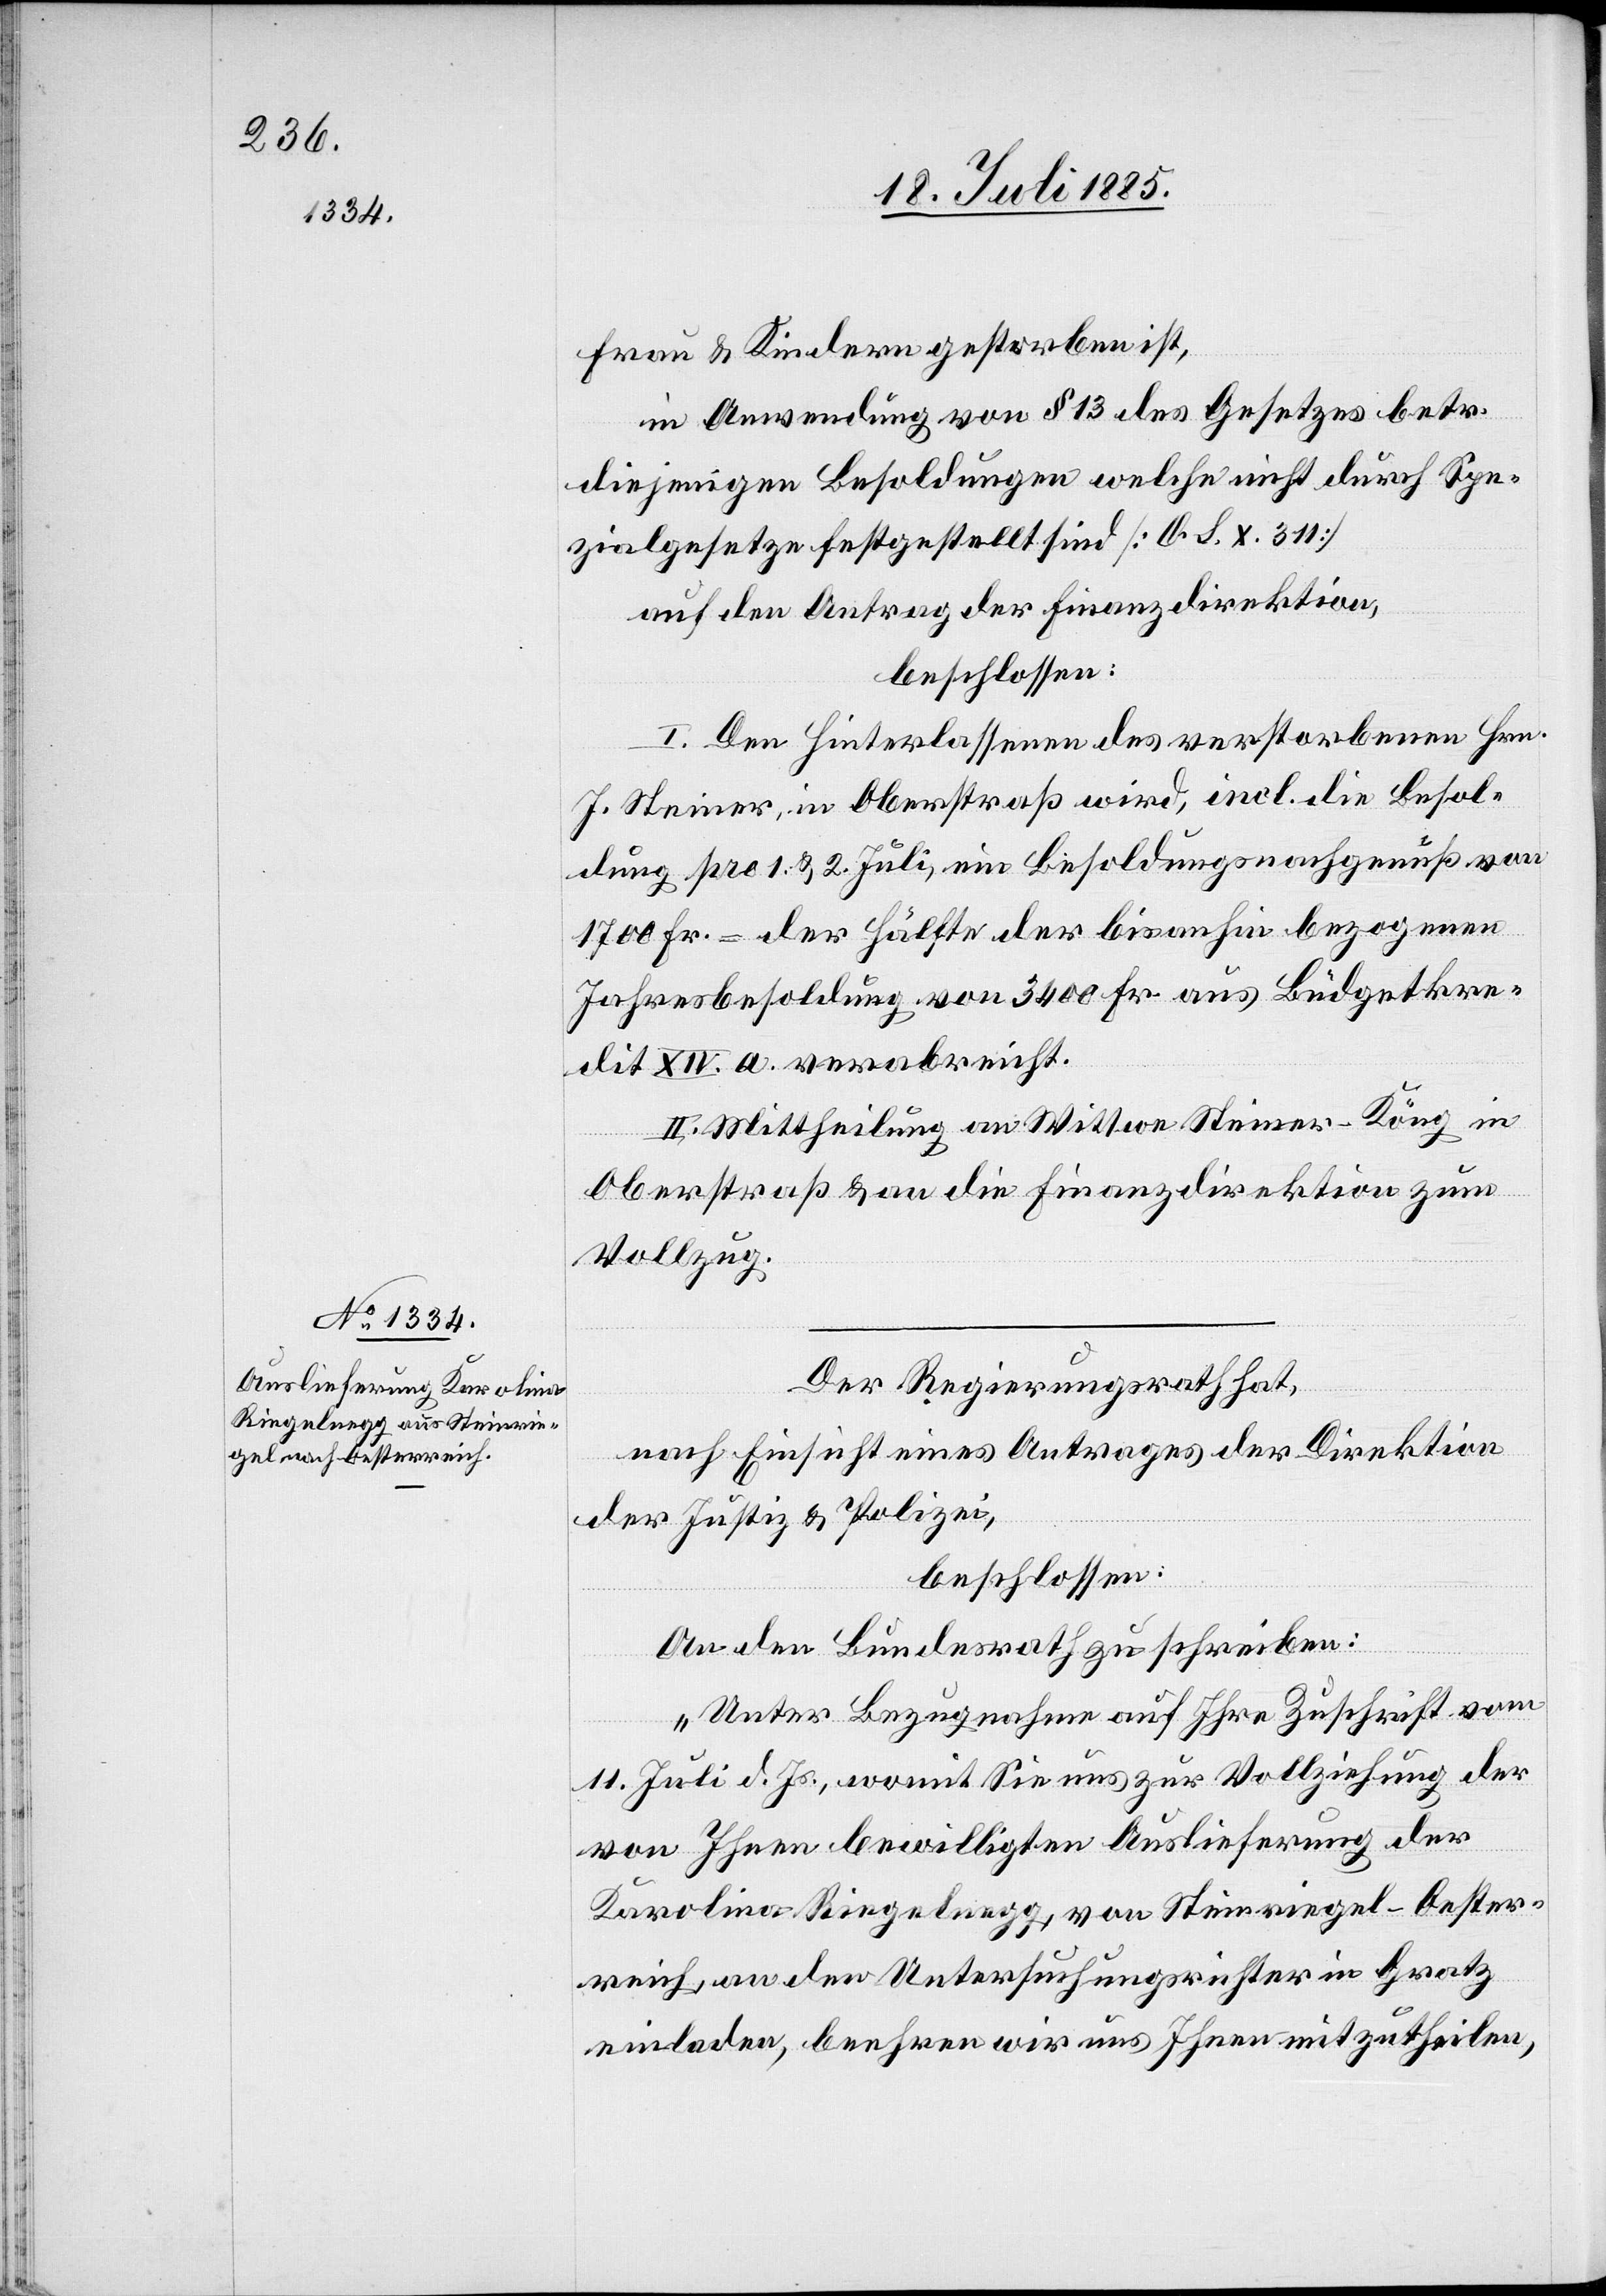
Frau & Kindern gestorben ist,
in Anwendung von § 13 des Gesetzes betr.
diejenigen Besoldungen welche nicht durch Spe¬
zialgesetze festgestellt sind [O. S. X. 311]
auf den Antrag der Finanzdirektion,
beschlossen:
I. Den Hinterlassenen des verstorbenen Hrn.
J. Steiner, in Oberstraß wird, incl. die Besol¬
dung pro 1. & 2. Juli, ein Besoldungsnachgenuß von
1700 Fr. = der Hälfte der bisanhin bezogenen
Jahresbesoldung von 3400 Fr. aus Büdgetkre¬
dit XIV. a. verabreicht.
II. Mittheilung an Wittwe Steiner-Köng in
Oberstraß & an die Finanzdirektion zum
Vollzug.
Der Regierungsrath hat,
nach Einsicht eines Antrages der Direktion
der Justiz & Polizei,
beschlossen:
An den Bundesrath zu schreiben:
„Unter Bezugnahme auf Ihre Zuschrift vom
11. Juli d. Js., womit Sie uns zur Vollziehung der
von Ihnen bewilligten Auslieferung der
Karolina Riegelnegg, von Steinriegel - Oester¬
reich, an den Untersuchungsrichter in Gratz
einladen, beehren wir uns Ihnen mitzutheilen,